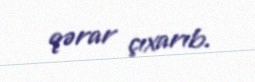
qərar çıxarıb.